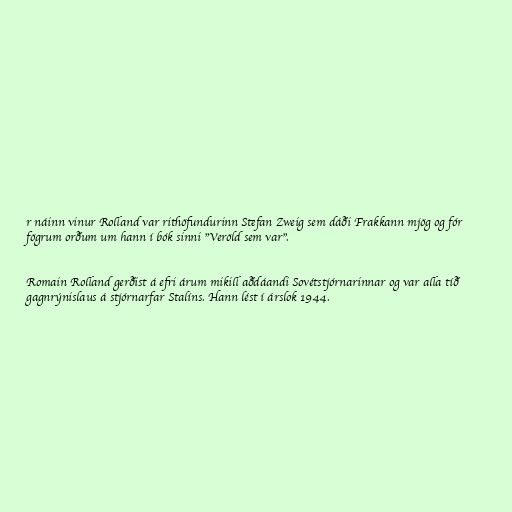
r náinn vinur Rolland var rithöfundurinn Stefan Zweig sem dáði Frakkann mjög og fór
fögrum orðum um hann í bók sinni "Veröld sem var".

Romain Rolland gerðist á efri árum mikill aðdáandi Sovétstjórnarinnar og var alla tíð
gagnrýnislaus á stjórnarfar Stalíns. Hann lést í árslok 1944.